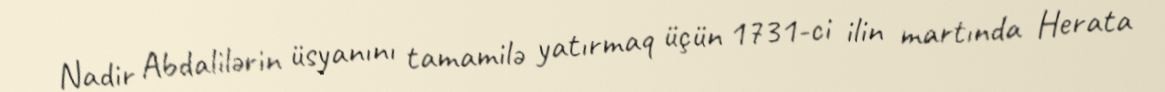
Nadir Abdalilərin üsyanını tamamilə yatırmaq üçün 1731-ci ilin martında Herata